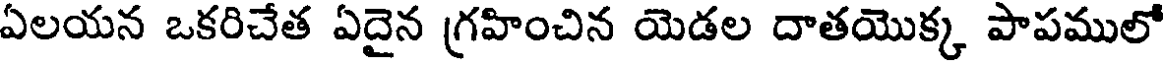
ఏలయన ఒకరిచేత ఏదైన గ్రహించిన యెడల దాతయొక్క పాపములో